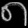
Digit: ၈